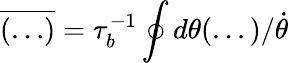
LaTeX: \overline{{(\ldots)}}=\tau_{b}^{-1}\oint d\theta(...)/\dot{\theta}